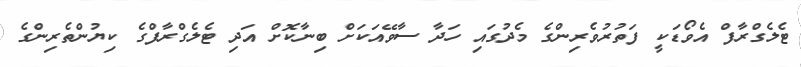
ޓެލެގްރާފް އެވޯޑަކީ ފަތުރުވެރިންގެ މެދުގައި ހަދާ ސާވޭއަކަށް ބިނާކޮށް އަދި ޓެލެގްރާފްގެ ކިޔުންތެރިންގެ